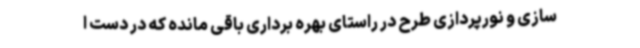
سازی و نورپردازی طرح در راستای بهره برداری باقی مانده که در دست ا